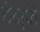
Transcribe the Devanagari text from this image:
बेन्फे